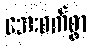
အေးစက်စွာ